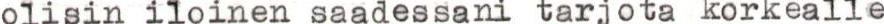
olisin iloinen saadessani tarjota korkealle